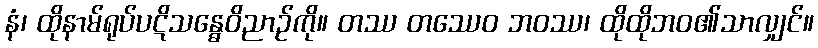
နံ၊ ထိုနာမ်ရုပ်ပဋိသန္ဓေဝိညာဉ်ကို။ တဿ တဿေဝ ဘဝဿ၊ ထိုထိုဘဝ၏သာလျှင်။